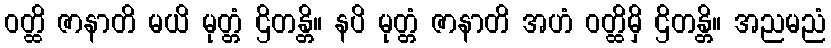
ဝတ္ထိ ဇာနာတိ မယိ မုတ္တံ ဌိတန္တိ။ နပိ မုတ္တံ ဇာနာတိ အဟံ ဝတ္ထိမှိ ဌိတန္တိ။ အညမညံ